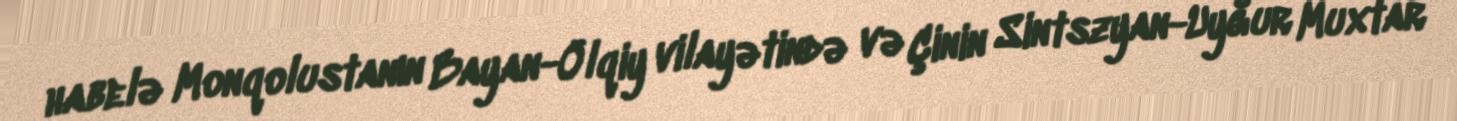
habelə Monqolustanın Bayan-Ölqiy vilayətində və Çinin Sintszyan-Uyğur Muxtar